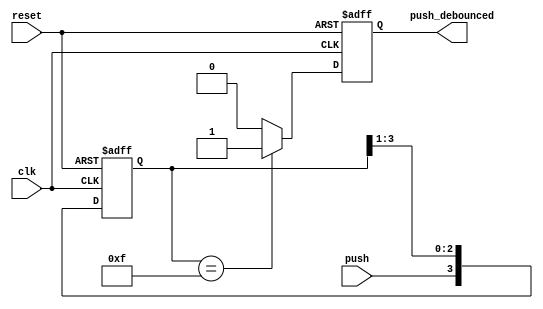
module debounce(
    input clk,
    input reset,
    input push,
    output push_debounced
    );
    
reg push_debounced;
reg [3:0] push_window;

always @(posedge clk or negedge reset)
begin
    if (~reset)
    begin
        push_window <= 4'd0000;
        push_debounced <= 0;
    end
    else
    begin
        push_window <= {push, push_window[3:1]};
        if (push_window[3:0] == 4'b1111)
        begin
            push_debounced = 1;
        end
        else
            push_debounced = 0;
        begin
        end
    end
end

endmodule